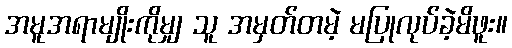
အမူအရာမျိုးကိုမျှ သူ အမှတ်တမဲ့ မပြုလုပ်ခဲ့မိဖူး။